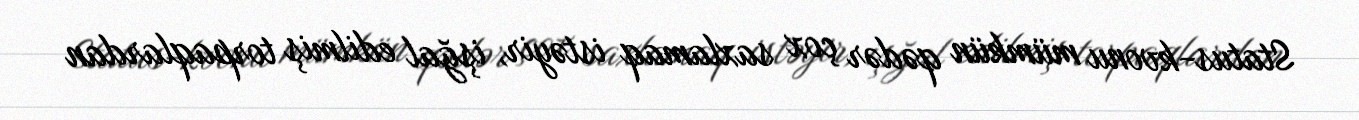
Status-kvonu mümkün qədər çox saxlamaq istəyir, işğal edilmiş torpaqlardan